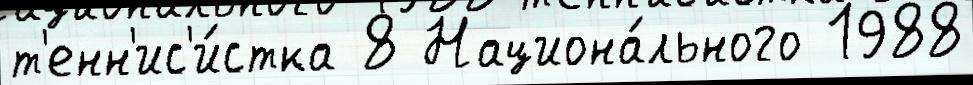
т'енн'ис'и́стка 8 Национа́льного 1988